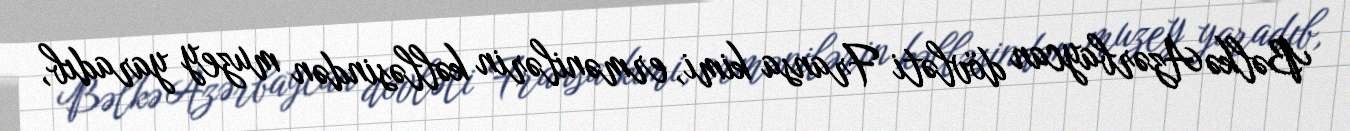
Bəlkə Azərbaycan dövləti Fransa kimi, ermənilərin kəlləsindən muzey yaradıb,